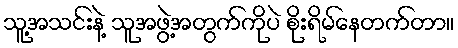
သူ့အသင်းနဲ့ သူအဖွဲ့အတွက်ကိုပဲ စိုးရိမ်နေတက်တာ။